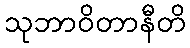
သုဘာဝိတာနီတိ